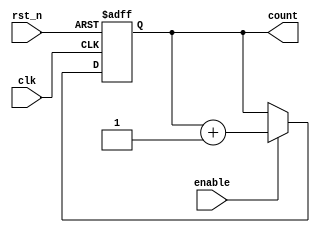
module sequential_logic (
    input wire clk,       // Clock signal
    input wire rst_n,     // Active-low reset signal
    input wire enable,    // Enable signal for counting
    output reg [3:0] count // 4-bit counter output
);

// Sequential logic block sensitive to the rising edge of the clock
always @(posedge clk or negedge rst_n) begin
    if (!rst_n) begin
        // Synchronous reset: clear the count on reset
        count <= 4'b0000;
    end else if (enable) begin
        // Only update the count if enabled
        count <= count + 1'b1; // Increment count
    end
end

endmodule